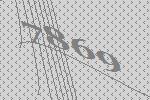
7869